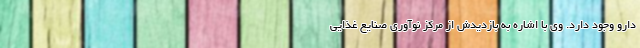
دارو وجود دارد. وی با اشاره به بازدیدش از مرکز نوآوری صنایع غذایی